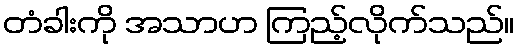
တံခါးကို အသာဟ ကြည့်လိုက်သည်။